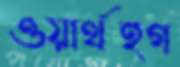
ওয়ার্থহগ